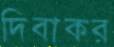
দিবাকর